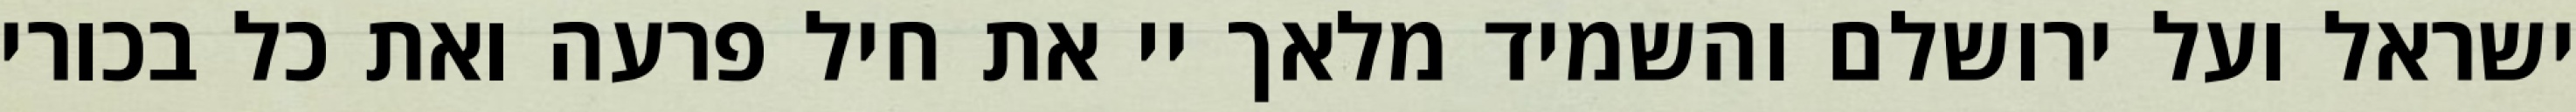
ישראל ועל ירושלם והשמיד מלאך יי את חיל פרעה ואת כל בכורי